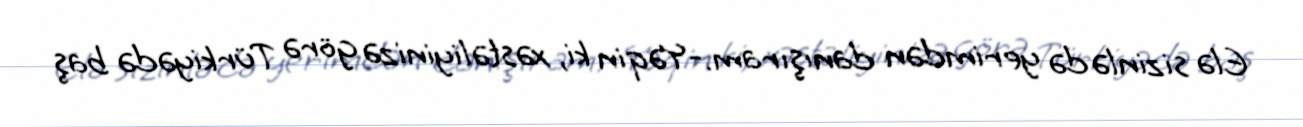
Elə sizinlə də yerimdən danışıram.-Yəqin ki, xəstəliyinizə görə Türkiyədə baş